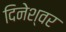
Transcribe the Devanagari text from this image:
दिनेश्वर